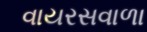
વાયરસવાળા